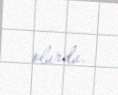
olurdu.